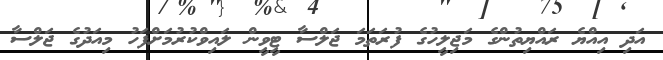
އަދި އިއްޔެ ރައްޔިތުންގެ މަޖިލީހުގެ ފުރަތަމަ ޖަލްސާ ޓީވީން ލައިވްކުރުމަށްފަހު މިއަދުގެ ޖަލްސާ